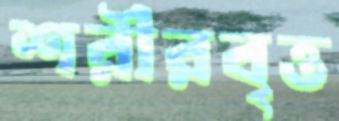
শরীরবৃত্ত